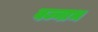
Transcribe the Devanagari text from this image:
वज्नाभ